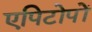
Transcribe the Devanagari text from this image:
एपिटोपों